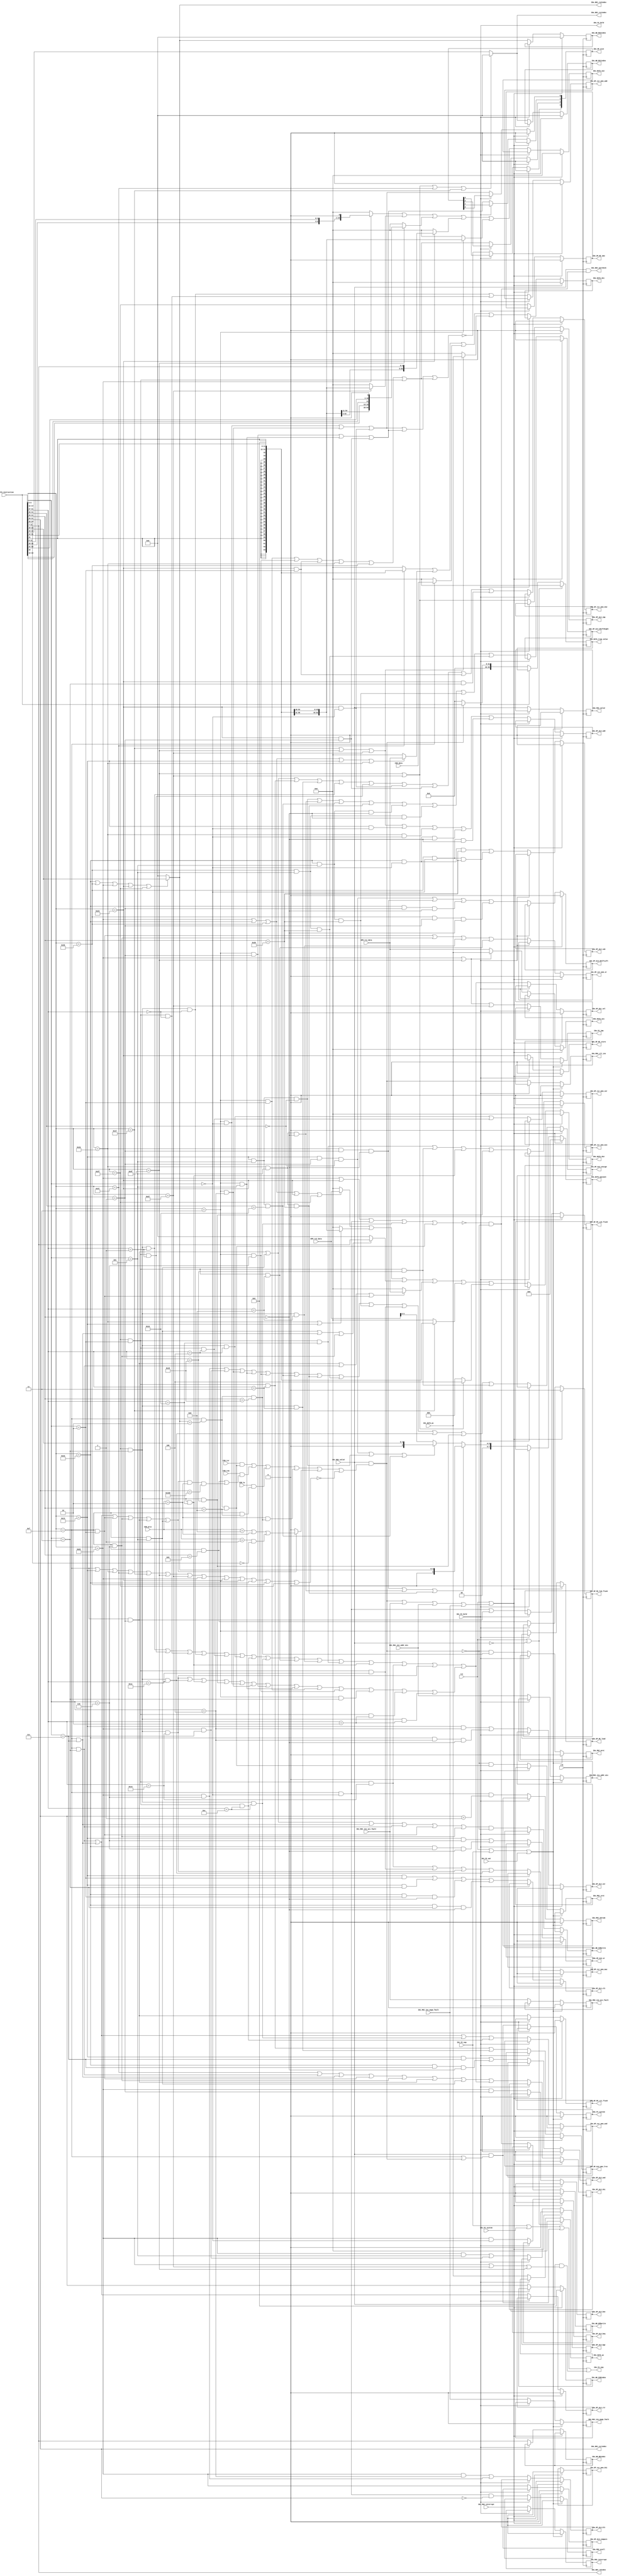
/*====================================================================
PRV464PRO
RV64IA
20201119:RISCVJB

Tags in the names of sgnals:
	i:input(IDi means IF input)
	o:output(IDo means IF output)
	BIU: Bus Interfence Unit, means the singals is connected to the BIU
	CSR: Control State Registers, means the singals is connected to the CSR
	DATA: DATA transfer to the next stage
	MSC: Machine State Control
	OPx: Operation x, OP0-OP114514
	MC: Multi Cycle Control
	FC: Flow Control

=========================================================================*/
module ins_dec(
//------
input wire clk,
input wire rst,
//---CSR---
input wire [3:0]CSR_priv,		//
input wire CSR_tvm,
input wire CSR_tsr,
input wire CSR_tw,
input wire [63:0]CSR_data,
//----GPR----
input wire [63:0]GPR_rs1_data,
input wire [63:0]GPR_rs2_data,

//================IF===================
//
input wire [31:0]IDi_DATA_instruction,
//PC
input wire [63:0]IDi_DATA_pc,
//
input wire IDi_MSC_ins_acc_fault,	//
input wire IDi_MSC_ins_addr_mis, 	//
input wire IDi_MSC_ins_page_fault,	//
input wire IDi_MSC_interrupt,		//
input wire IDi_MSC_valid,			//
//
output wire IDo_FC_hold,
output wire IDo_FC_nop,
input wire IDi_FC_system,

//EX
//
//insaddr
output reg [63:0]IDo_DATA_trap_value,
//pc
output reg [63:0]IDo_DATA_pc,

// ALU,
//rd
output reg IDo_OP_ALU_ds1,		//ds1
output reg IDo_OP_ALU_add,		//
output reg IDo_OP_ALU_sub,		//
output reg IDo_OP_ALU_and,		//&
output reg IDo_OP_ALU_or,		//|
output reg IDo_OP_ALU_xor,		//^
output reg IDo_OP_ALU_slt,		//
output reg IDo_OP_ALU_compare,		//IDo_OP_ALU_bge0_IDo_OP_ALU_blt1\IDo_OP_ALU_beq0_IDo_OP_ALU_bne1
output reg IDo_OP_ALU_amo_lrsc,		//lr/sc

//mem_CSR_data
output reg IDo_OP_csr_mem_ds1,
output reg IDo_OP_csr_mem_ds2,
output reg IDo_OP_csr_mem_add,
output reg IDo_OP_csr_mem_and,
output reg IDo_OP_csr_mem_or,
output reg IDo_OP_csr_mem_xor,
output reg IDo_OP_csr_mem_max,
output reg IDo_OP_csr_mem_min,
//,
output reg IDo_OP_ALU_blt,				//IDo_OP_ALU_blt IDo_OP_ALU_bltu1
output reg IDo_OP_ALU_bge,
output reg IDo_OP_ALU_beq,				//IDo_OP_ALU_bne
output reg IDo_OP_ALU_bne,				//
output reg IDo_OP_ALU_jmp,				//JAL JALR
output reg IDo_OP_ALU_unsign,			//mem
output reg IDo_OP_ALU_clr,				//csrandclr
output reg IDo_OP_ds1_sel,				//ALU ds10ds11MEM

//
output reg [3:0]IDo_OP_size, 			//0001:1Byte 0010:2Byte 0100=4Byte 1000=8Byte
//
//EX
output reg IDo_OP_MC_load,
output reg IDo_OP_MC_store,
output reg IDo_OP_MC_amo,
output reg IDo_OP_MC_L1i_flush,		
output reg IDo_OP_MC_L1d_flush,			//
output reg IDo_OP_MC_TLB_flush,			//TLB
output reg IDo_OP_ALU_ShiftRight,		//
output reg IDo_OP_ALU_ShiftLeft,		//

//valid=0
output reg IDo_WB_CSRwrite,
output reg IDo_WB_GPRwrite,
output reg [11:0]IDo_WB_CSRindex,
output reg [4:0]IDo_WB_RS1index,
output reg [4:0]IDo_WB_RS2index,
output reg [4:0]IDo_WB_RDindex,

//							   
output reg [63:0]IDo_DATA_ds1,		//1imm/rs1/rs1/csr/pc /pc
output reg [63:0]IDo_DATA_ds2,		//200 /rs2/imm/imm/imm/04
output reg [63:0]IDo_DATA_as1,		//1,  pc/rs1/rs1
output reg [63:0]IDo_DATA_as2,		//2, imm/imm/00
output reg [7:0]IDo_DATA_opcount,	//
//
//WBcsr

output reg IDo_MSC_ins_acc_fault,	//
output reg IDo_MSC_ins_addr_mis, 	//
output reg IDo_MSC_ins_page_fault,	//
output reg IDo_MSC_interrupt,		//
output reg IDo_MSC_valid, 			//
output reg IDo_MSC_ill_ins,			//
output reg IDo_MSC_mret,			//
output reg IDo_MSC_sret,
output reg IDo_MSC_ecall,			//
output reg IDo_MSC_ebreak,			//
//EX

//----------------------------------------
//------
input wire IDi_FC_hold,				//ID
input wire IDi_FC_nop,				//ID
input wire IDi_FC_war,				//
//------
output reg IDo_FC_system,			//systemop code=system1
output reg IDo_FC_jmp,				// opcode=branch1
//--------
output wire IDo_DEC_warcheck,		//war check warenable
output wire [4:0]IDo_DEC_rs1index,	//rs1index
output wire [4:0]IDo_DEC_rs2index,
output wire [4:0]IDo_DEC_rdindex,
output wire [11:0]IDo_DEC_csrindex

);
//opcode,RV7
parameter lui_encode 	= 7'b0110111;
parameter auipc_encode	= 7'b0010111;
parameter jal_encode	= 7'b1101111;
parameter jalr_encode	= 7'b1100111;
parameter branch_encode	= 7'b1100011;
parameter load_encode 	= 7'b0000011;
parameter store_encode	= 7'b0100011;
parameter imm_encode	= 7'b0010011;
parameter imm_32_encode = 7'b0011011;
parameter reg_encode	= 7'b0110011;	//R typeopcode
parameter reg_32_encode = 7'b0111011;	
parameter mem_encode	= 7'b0001111;	//MISC-MEMOPCODE
parameter system_encode = 7'b0001111;	
parameter amo_encode	= 7'b0101111;
parameter m_32_encode	= 7'b0111011;

//
parameter user = 4'b0001;
parameter supe = 4'b0010;
parameter mach = 4'b1000;

//opcode
wire op_system;		//CSR
wire op_imm;		//I type
wire op_32_imm;
wire op_lui;		//lui
wire op_auipc;		//auipc
wire op_jal;
wire op_jalr;
wire op_branch;		// (B type)
wire op_store;
wire op_load;
wire op_reg;		//R type
wire op_32_reg;
wire op_amo;
wire op_m;			// 

//funct3
wire funct3_0; 
wire funct3_1;
wire funct3_2;
wire funct3_3;
wire funct3_4;
wire funct3_5;
wire funct3_6;
wire funct3_7;
//funct5
wire funct5_0;
wire funct5_1;
wire funct5_2;
wire funct5_3;
wire funct5_4;
/*
wire funct5_5;
wire funct5_6;
wire funct5_7;
*/
wire funct5_8;
/*
wire funct5_9;
wire funct5_10;
wire funct5_11;
*/
wire funct5_12;
/*
wire funct5_13;
wire funct5_14;
wire funct5_15;
*/
wire funct5_16;
/*
wire funct5_17;
wire funct5_18;
wire funct5_19;
*/
wire funct5_20;
/*
wire funct5_21;
wire funct5_22;
wire funct5_23;
*/
wire funct5_24;
/*
wire funct5_25;
wire funct5_26;
wire funct5_27;
*/
wire funct5_28;
/*
wire funct5_29;
wire funct5_30;
wire funct5_31;
*/
//----------------funct6	funct6
wire funct6_0;
wire funct6_16;
//----------------funct7
wire funct7_32;
wire funct7_24;
wire funct7_8;
wire funct7_9;
wire funct7_0;
//---------------funct12
wire funct12_0;
wire funct12_1;
//---------------
wire [63:0]imm20;		//LUIAUIPC20
wire [63:0]imm20_jal;	//jal20
wire [63:0]imm12_i;		//I-typeL-type12
wire [63:0]imm12_b;		//b-type12
wire [63:0]imm12_s;		//S-type12
wire [63:0]imm5_csr;	//csr50
//---------------
wire sbyte;				//
wire dbyte;				//
wire qbyte;				//
wire obyte;				//8
//---------------
wire [7:0]op_count_decode;	//
//---------------
//----------RV32I
wire ins_lui;	
wire ins_auipc;
wire ins_jal;
wire ins_jalr;
wire ins_beq;
wire ins_bne;
wire ins_blt;
wire ins_bge;
wire ins_bltu;
wire ins_bgeu;
wire ins_lb;
wire ins_lbu;
wire ins_lh;
wire ins_lhu;
wire ins_lw;

wire ins_sb;
wire ins_sh;
wire ins_sw;

wire ins_addi;

wire ins_slti;
wire ins_sltiu;
wire ins_xori;
wire ins_ori;
wire ins_andi;
wire ins_slli;
wire ins_srli;
wire ins_srai;
wire ins_add;
wire ins_sub;
wire ins_sll;
wire ins_slt;
wire ins_sltu;
wire ins_xor;
wire ins_srl;
wire ins_sra;
wire ins_or;
wire ins_and;
wire ins_fence;		
wire ins_fence_i;	
wire ins_ecall;
wire ins_ebreak;
wire ins_csrrw;
wire ins_csrrs;
wire ins_csrrc;
wire ins_csrrwi;
wire ins_csrrsi;
wire ins_csrrci;
//------------RV64I ext
wire ins_lwu;
wire ins_ld;
wire ins_sd;
wire ins_addiw;
wire ins_slliw;
wire ins_srliw;
wire ins_sraiw;
wire ins_addw;
wire ins_subw;
wire ins_sllw;
wire ins_srlw;
wire ins_sraw;
//---------RV32A
wire ins_lrw;
wire ins_scw;
wire ins_amoswapw;
wire ins_amoaddw;
wire ins_amoxorw;
wire ins_amoandw;
wire ins_amoorw;
wire ins_amominw;
wire ins_amomaxw;
wire ins_amominuw;
wire ins_amomaxuw;
//------------rv64A
wire ins_lrd;
wire ins_scd;
wire ins_amoswapd;
wire ins_amoaddd;
wire ins_amoxord;
wire ins_amoandd;
wire ins_amoord;
wire ins_amomind;
wire ins_amomaxd;
wire ins_amominud;
wire ins_amomaxud;
//----------
wire ins_mret;
wire ins_sret;
wire ins_sfencevma;
wire ins_wfi;

//
wire dec_csr_acc_fault;		//csr
wire dec_ins_unpermit;		//
wire dec_ins_dec_fault;		//

wire dec_ill_ins;			//

wire unexecute_instruction;	//

wire dec_gpr_write;		//GPR write
wire dec_system_mem;
wire dec_branch;			//instructions which will cause branch/jump

//ALUds1MEM
wire ds1_mem_iden;
assign ds1_mem_iden = ins_amoswapd|ins_amoswapw|ins_amoaddw|ins_amoaddd|ins_amoxorw|ins_amoxord
		|ins_amoandw|ins_amoandd|ins_amoorw|ins_amoord|ins_amominw|ins_amomind|
		ins_amomaxw|ins_amomaxd||ins_amomaxd|ins_amomaxud|ins_amomind|ins_amominud|
		ins_lb|ins_lbu|ins_lh|ins_lhu|ins_lw|ins_lwu|ins_ld|ins_lrw|ins_lrd;

//opcode
assign op_system	= (IDi_DATA_instruction[6:0]==system_encode);
assign op_imm		= (IDi_DATA_instruction[6:0]==imm_encode);
assign op_32_imm	= (IDi_DATA_instruction[6:0]==imm_32_encode);
assign op_lui		= (IDi_DATA_instruction[6:0]==lui_encode);
assign op_auipc		= (IDi_DATA_instruction[6:0]==auipc_encode);
assign op_jal		= (IDi_DATA_instruction[6:0]==jal_encode);
assign op_jalr		= (IDi_DATA_instruction[6:0]==jalr_encode);
assign op_branch	= (IDi_DATA_instruction[6:0]==branch_encode);
assign op_load		= (IDi_DATA_instruction[6:0]==load_encode);
assign op_store		= (IDi_DATA_instruction[6:0]==store_encode);
assign op_reg		= (IDi_DATA_instruction[6:0]==reg_encode);
assign op_32_reg	= (IDi_DATA_instruction[6:0]==reg_32_encode);
assign op_amo		= (IDi_DATA_instruction[6:0]==amo_encode);

assign op_m			= (IDi_DATA_instruction[6:0]==mem_encode);

//funct3
assign funct3_0		= (IDi_DATA_instruction[14:12]==3'h0);
assign funct3_1		= (IDi_DATA_instruction[14:12]==3'h1);
assign funct3_2		= (IDi_DATA_instruction[14:12]==3'h2);
assign funct3_3		= (IDi_DATA_instruction[14:12]==3'h3);
assign funct3_4		= (IDi_DATA_instruction[14:12]==3'h4);
assign funct3_5		= (IDi_DATA_instruction[14:12]==3'h5);
assign funct3_6		= (IDi_DATA_instruction[14:12]==3'h6);
assign funct3_7		= (IDi_DATA_instruction[14:12]==3'h7);
//funct5
assign funct5_0		= (IDi_DATA_instruction[31:27]==5'h00);
assign funct5_1		= (IDi_DATA_instruction[31:27]==5'h01);
assign funct5_2		= (IDi_DATA_instruction[31:27]==5'h02);
assign funct5_3		= (IDi_DATA_instruction[31:27]==5'h03);
assign funct5_4		= (IDi_DATA_instruction[31:27]==5'h04);
/*
assign funct5_5		= (IDi_DATA_instruction[31:27]==5'h05);
assign funct5_6		= (IDi_DATA_instruction[31:27]==5'h06);
assign funct5_7		= (IDi_DATA_instruction[31:27]==5'h07);
*/
assign funct5_8		= (IDi_DATA_instruction[31:27]==5'h08);
/*
assign funct5_9		= (IDi_DATA_instruction[31:27]==5'h09);
assign funct5_10	= (IDi_DATA_instruction[31:27]==5'h0a);
assign funct5_11	= (IDi_DATA_instruction[31:27]==5'h0b);
*/
assign funct5_12	= (IDi_DATA_instruction[31:27]==5'h0c);
/*
assign funct5_13	= (IDi_DATA_instruction[31:27]==5'h0d);
assign funct5_14	= (IDi_DATA_instruction[31:27]==5'h0e);
assign funct5_15	= (IDi_DATA_instruction[31:27]==5'h0f);
*/
assign funct5_16	= (IDi_DATA_instruction[31:27]==5'h10);
/*
assign funct5_17	= (IDi_DATA_instruction[31:27]==5'h11);
assign funct5_18	= (IDi_DATA_instruction[31:27]==5'h12);
assign funct5_19	= (IDi_DATA_instruction[31:27]==5'h13);
*/
assign funct5_20	= (IDi_DATA_instruction[31:27]==5'h14);
/*
assign funct5_21	= (IDi_DATA_instruction[31:27]==5'h15);
assign funct5_22	= (IDi_DATA_instruction[31:27]==5'h16);
assign funct5_23	= (IDi_DATA_instruction[31:27]==5'h17);
*/
assign funct5_24	= (IDi_DATA_instruction[31:27]==5'h18);
/*
assign funct5_25	= (IDi_DATA_instruction[31:27]==5'h19);
assign funct5_26	= (IDi_DATA_instruction[31:27]==5'h1a);
assign funct5_27	= (IDi_DATA_instruction[31:27]==5'h1b);
*/
assign funct5_28	= (IDi_DATA_instruction[31:27]==5'h1c);
/*
assign funct5_29	= (IDi_DATA_instruction[31:27]==5'h1d);
assign funct5_30	= (IDi_DATA_instruction[31:27]==5'h1e);
assign funct5_31	= (IDi_DATA_instruction[31:27]==5'h1f);
*/
//funct6
assign funct6_0		= (IDi_DATA_instruction[31:26]==6'b000000);
assign funct6_16	= (IDi_DATA_instruction[31:26]==6'b010000);
//funct7
assign funct7_0		= (IDi_DATA_instruction[31:25]==7'h00);
assign funct7_8		= (IDi_DATA_instruction[31:25]==7'h08);
assign funct7_9		= (IDi_DATA_instruction[31:25]==7'h09);
assign funct7_24	= (IDi_DATA_instruction[31:25]==7'h18);
assign funct7_32	= (IDi_DATA_instruction[31:25]==7'h20);
//funct12
assign funct12_0	= (IDi_DATA_instruction[31:20]==12'h0);
assign funct12_1	= (IDi_DATA_instruction[31:20]==12'h1);
//
assign ins_lui 		= op_lui;
assign ins_auipc 	= op_auipc;
assign ins_jal		= op_jal;
assign ins_jalr		= op_jalr;
assign ins_beq		= op_branch&funct3_0;
assign ins_bne		= op_branch&funct3_1;
assign ins_blt		= op_branch&funct3_4;
assign ins_bge		= op_branch&funct3_5;
assign ins_bltu		= op_branch&funct3_6;
assign ins_bgeu		= op_branch&funct3_7;
assign ins_lb		= op_load&funct3_0;
assign ins_lh		= op_load&funct3_1;
assign ins_lw		= op_load&funct3_2;
assign ins_lbu		= op_load&funct3_4;
assign ins_lhu		= op_load&funct3_5;
assign ins_sb		= op_store&funct3_0;
assign ins_sh		= op_store&funct3_1;
assign ins_sw		= op_store&funct3_2;
assign ins_addi		= op_imm&funct3_0;
assign ins_slti		= op_imm&funct3_2;
assign ins_sltiu	= op_imm&funct3_3;
assign ins_xori		= op_imm&funct3_4;
assign ins_ori		= op_imm&funct3_6;
assign ins_andi		= op_imm&funct3_7;
assign ins_slli		= op_imm&funct3_1&funct6_0;
assign ins_srli		= op_imm&funct3_5&funct6_0;
assign ins_srai		= op_imm&funct3_5&funct6_16;
assign ins_add		= op_reg&funct3_0&funct7_0;
assign ins_sub		= op_reg&funct3_0&funct7_32;
assign ins_sll		= op_reg&funct3_1&funct7_0;
assign ins_slt		= op_reg&funct3_2&funct7_0;
assign ins_sltu		= op_reg&funct3_3&funct7_0;
assign ins_xor		= op_reg&funct3_4&funct7_0;
assign ins_srl		= op_reg&funct3_5&funct7_0;
assign ins_sra		= op_reg&funct3_5&funct7_32;
assign ins_or		= op_reg&funct3_6&funct7_0;
assign ins_and		= op_reg&funct3_7&funct7_0;
assign ins_fence	= op_m&funct3_0;
assign ins_fence_i	= op_m&funct3_1;	
assign ins_ecall	= op_system&funct3_0&funct12_0;
assign ins_ebreak	= op_system&funct3_0&funct12_1;
assign ins_csrrw	= op_system&funct3_1;
assign ins_csrrs	= op_system&funct3_2;
assign ins_csrrc	= op_system&funct3_3;
assign ins_csrrwi	= op_system&funct3_5;
assign ins_csrrsi	= op_system&funct3_6;
assign ins_csrrci	= op_system&funct3_7;
//rv64i
assign ins_lwu		= op_load&funct3_6;
assign ins_ld		= op_load&funct3_3;
assign ins_sd		= op_store&funct3_3;
assign ins_addiw	= op_32_imm&funct3_0;
assign ins_slliw	= op_32_imm&funct3_1&funct7_0;
assign ins_srliw	= op_32_imm&funct3_5&funct7_0;
assign ins_sraiw	= op_32_imm&funct3_5&funct7_32;
assign ins_addw		= op_32_reg&funct3_0&funct7_0;
assign ins_subw		= op_32_reg&funct3_0&funct7_32;
assign ins_sllw		= op_32_reg&funct3_1&funct7_0;
assign ins_srlw		= op_32_reg&funct3_5&funct7_0;
assign ins_sraw		= op_32_reg&funct3_5&funct7_32;
//amo32
assign ins_lrw		= op_amo&funct3_2&funct5_2;
assign ins_scw		= op_amo&funct3_2&funct5_3;
assign ins_amoswapw	= op_amo&funct3_2&funct5_1;
assign ins_amoaddw	= op_amo&funct3_2&funct5_0;
assign ins_amoxorw	= op_amo&funct3_2&funct5_4;
assign ins_amoandw	= op_amo&funct3_2&funct5_12;
assign ins_amoorw	= op_amo&funct3_2&funct5_8;
assign ins_amominw	= op_amo&funct3_2&funct5_16;
assign ins_amomaxw	= op_amo&funct3_2&funct5_20;
assign ins_amominuw	= op_amo&funct3_2&funct5_24;
assign ins_amomaxuw	= op_amo&funct3_2&funct5_28;
//amo64
assign ins_lrd		= op_amo&funct3_3&funct5_2;
assign ins_scd		= op_amo&funct3_3&funct5_3;
assign ins_amoswapd	= op_amo&funct3_3&funct5_1;
assign ins_amoaddd	= op_amo&funct3_3&funct5_0;
assign ins_amoxord	= op_amo&funct3_3&funct5_4;
assign ins_amoandd	= op_amo&funct3_3&funct5_12;
assign ins_amoord	= op_amo&funct3_3&funct5_8;
assign ins_amomind	= op_amo&funct3_3&funct5_16;
assign ins_amomaxd	= op_amo&funct3_3&funct5_20;
assign ins_amominud	= op_amo&funct3_3&funct5_24;
assign ins_amomaxud	= op_amo&funct3_3&funct5_28;
//
assign ins_mret		= op_system&(IDo_DEC_rs2index==5'b00010)&funct7_24;
assign ins_sret		= op_system&(IDo_DEC_rs2index==5'b00010)&funct7_8;
assign ins_sfencevma= op_system&funct7_9;
assign ins_wfi		= op_system&funct7_8;								//wfi
//
assign imm20 	= {{32{IDi_DATA_instruction[31]}},IDi_DATA_instruction[31:12],12'b0};				//LUIAUIPC20
assign imm20_jal= {{44{IDi_DATA_instruction[31]}},IDi_DATA_instruction[19:12],IDi_DATA_instruction[20],IDi_DATA_instruction[30:21],1'b0};				//jal20
assign imm12_i	= {{52{IDi_DATA_instruction[31]}},IDi_DATA_instruction[31:20]};						//I-typeL-type12
assign imm12_b	= {{52{IDi_DATA_instruction[31]}},IDi_DATA_instruction[7],IDi_DATA_instruction[30:25],IDi_DATA_instruction[11:8],1'b0};	//b-type12
assign imm12_s	= {{52{IDi_DATA_instruction[31]}},IDi_DATA_instruction[31:25],IDi_DATA_instruction[11:7]};		//S-type12

assign imm5_csr = {59'b0,IDi_DATA_instruction[11:7]};									//csr50


//
assign sbyte 	= ins_lb|ins_lbu|ins_sb;											//
assign dbyte	= ins_lh|ins_lhu|ins_sh;											//
assign qbyte	= ins_lw|ins_lwu|ins_sw|op_32_imm|op_32_reg|(op_amo&funct3_2);		//
assign obyte	= !(sbyte|dbyte|qbyte);												//1248

assign op_count_decode	= 		(ins_slliw|ins_srliw|ins_sraiw)?{3'b0,IDo_DEC_rs2index}:
								(ins_slli|ins_srli|ins_srai)?{3'b0,IDi_DATA_instruction[24:20]}:
								{2'b0,GPR_rs2_data[5:0]};//RV64

//---------------------------------------
//-------------opcode &system----------------
assign dec_system_mem		= IDi_MSC_valid & (op_system | op_m | dec_ill_ins);
assign dec_branch			= IDi_MSC_valid & (op_branch | ins_jalr | ins_jal);

/*-------------------------------------------------------

branch,IDo_OP_MC_store,fence

RDX0
X00 
----------------------------------------------------------*/
assign dec_gpr_write		= !(op_branch|op_store|ins_fence|ins_mret|ins_sret) & !dec_ill_ins;

//----------
//-----csr----
assign dec_csr_acc_fault= (ins_csrrc|ins_csrrci|ins_csrrs|ins_csrrsi|ins_csrrw|ins_csrrwi)?((CSR_priv==mach)|(CSR_priv==supe)|((CSR_priv==user)&(IDo_DEC_csrindex[9:8]==2'b00))):1'b0;
//----------
//CSR_tsr CSR_tvm CSR_tw1,SRETM
assign dec_ins_unpermit	= (CSR_tsr&ins_sret)|(CSR_tvm&(ins_sfencevma|(ins_csrrc|ins_csrrci|ins_csrrs|ins_csrrsi|ins_csrrw|ins_csrrwi)&(CSR_priv==supe)&(IDo_DEC_csrindex==12'h180)))|
						  (CSR_tw&ins_wfi)|
						  (CSR_priv==supe)&ins_mret;
//------opcode-------					  
assign dec_ins_dec_fault= !(op_system | op_imm | op_32_imm | op_lui | op_auipc | op_jal | op_jalr | op_branch | op_store | op_load | op_reg | op_32_reg | op_amo);
assign dec_ill_ins		= IDi_MSC_valid & (dec_ins_unpermit | dec_csr_acc_fault | dec_ins_dec_fault);//
// 
assign unexecute_instruction	=	dec_ill_ins | IDi_MSC_ins_acc_fault | IDi_MSC_ins_addr_mis | IDi_MSC_ins_page_fault;
//
//PRV464SXR
assign IDo_DEC_warcheck	=	IDi_MSC_valid & dec_gpr_write;
assign IDo_DEC_rs1index	=	(op_jal|op_jalr|op_lui|op_auipc) ? 5'b0 :(IDi_DATA_instruction[19:15]);		//rs1index
assign IDo_DEC_rs2index	=	(op_reg|op_32_reg|op_branch|op_store|op_amo)?(IDi_DATA_instruction[24:20]) : 5'b0;
assign IDo_DEC_rdindex	=	(IDi_DATA_instruction[11:7]);
assign IDo_DEC_csrindex	=	(IDi_DATA_instruction[31:20]);
assign IDo_FC_hold		=	IDi_FC_hold;
//-----------nop------------
assign IDo_FC_nop		=	IDi_FC_nop | IDi_FC_system | dec_system_mem | dec_branch;

//------------------------------ID---------------------------------------
always@(posedge clk)begin
	if(rst | unexecute_instruction)begin
	// ALU,
	//rd
		IDo_OP_ALU_ds1		<= 1'b0;		//ds1	
		IDo_OP_ALU_add		<= 1'b0;		//
		IDo_OP_ALU_sub		<= 1'b0;
		IDo_OP_ALU_and		<= 1'b0;		//&
		IDo_OP_ALU_or		<= 1'b0;		//|
		IDo_OP_ALU_xor		<= 1'b0;		//^
		IDo_OP_ALU_slt		<= 1'b0;		//
		IDo_OP_ALU_compare	<= 1'b0;
		IDo_OP_ALU_amo_lrsc	<= 1'b0;		//lr/sc

//mem_CSR_data
		IDo_OP_csr_mem_ds1	<= 1'b0;
		IDo_OP_csr_mem_ds2	<= 1'b0;
		IDo_OP_csr_mem_add	<= 1'b0;
		IDo_OP_csr_mem_and	<= 1'b0;
		IDo_OP_csr_mem_or	<= 1'b0;
		IDo_OP_csr_mem_xor	<= 1'b0;
		IDo_OP_csr_mem_max	<= 1'b0;
		IDo_OP_csr_mem_min	<= 1'b0;
	end
	//hold
	else if(IDi_FC_hold)begin
	// ALU,
	//rd
		IDo_OP_ALU_ds1		<= IDo_OP_ALU_ds1;		//ds1
		IDo_OP_ALU_add		<= IDo_OP_ALU_add;		//
		IDo_OP_ALU_sub		<= IDo_OP_ALU_sub;
		IDo_OP_ALU_and		<= IDo_OP_ALU_and;		//&
		IDo_OP_ALU_or		<= IDo_OP_ALU_or;		//|
		IDo_OP_ALU_xor		<= IDo_OP_ALU_xor;		//^
		IDo_OP_ALU_slt		<= IDo_OP_ALU_slt;		//
		IDo_OP_ALU_compare	<= IDo_OP_ALU_compare;
		IDo_OP_ALU_amo_lrsc	<= IDo_OP_ALU_amo_lrsc;		//lr/sc
	//mem_CSR_data
		IDo_OP_csr_mem_ds1	<= IDo_OP_csr_mem_ds1;
		IDo_OP_csr_mem_ds2	<= IDo_OP_csr_mem_ds2;
		IDo_OP_csr_mem_add	<= IDo_OP_csr_mem_add;
		IDo_OP_csr_mem_and	<= IDo_OP_csr_mem_and;
		IDo_OP_csr_mem_or	<= IDo_OP_csr_mem_or;
		IDo_OP_csr_mem_xor	<= IDo_OP_csr_mem_xor;
		IDo_OP_csr_mem_max	<= IDo_OP_csr_mem_max;
		IDo_OP_csr_mem_min	<= IDo_OP_csr_mem_min;
	end
	//
	else begin
	// ALU,
	//rd
		IDo_OP_ALU_ds1 <= ins_lui|ins_csrrc|ins_csrrci|ins_csrrs|ins_csrrsi|ins_csrrw|ins_csrrwi|ds1_mem_iden;		
		//ds1RDRD
		//ds1RD
		IDo_OP_ALU_add <= ins_auipc|ins_jal|ins_jalr|ins_addi|ins_addiw|ins_add|ins_addw;		//
		IDo_OP_ALU_sub <= ins_sub|ins_subw;
		IDo_OP_ALU_and <= ins_andi|ins_and;		//&
		IDo_OP_ALU_or	<= ins_ori|ins_or;			//|
		IDo_OP_ALU_xor <= ins_xori|ins_xor;		//^
		IDo_OP_ALU_slt <= ins_slti|ins_sltiu|ins_slt|ins_sltu;		//
		IDo_OP_ALU_compare		<= op_branch;
		IDo_OP_ALU_amo_lrsc	<= ins_scw|ins_scd;		//lr/sc

	//mem_CSR_data
		
		IDo_OP_csr_mem_ds2	<= ins_csrrw|ins_csrrwi|ins_scw|ins_scd|ins_amoswapd|ins_amoswapw|ins_sb|ins_sh|ins_sw|ins_sd;
		IDo_OP_csr_mem_add	<= ins_amoaddd|ins_amoaddw;
		IDo_OP_csr_mem_and	<= ins_csrrc|ins_csrrci|ins_amoandd|ins_amoandw;
		IDo_OP_csr_mem_or		<= ins_csrrs|ins_csrrsi|ins_amoord|ins_amoorw;
		IDo_OP_csr_mem_xor	<= ins_amoxord|ins_amoxorw;
		IDo_OP_csr_mem_max	<= ins_amomaxw|ins_amomaxuw|ins_amomaxd|ins_amomaxud;
		IDo_OP_csr_mem_min	<= ins_amominw|ins_amominuw|ins_amomind|ins_amominud;
	end		
end

//
always@(posedge clk)begin
	if(rst | unexecute_instruction)begin
		IDo_OP_ALU_blt		<= 1'b0;
		IDo_OP_ALU_bge		<= 1'b0;
		IDo_OP_ALU_beq		<= 1'b0;
		IDo_OP_ALU_bne		<= 1'b0;
		IDo_OP_ALU_jmp		<= 1'b0;
		IDo_OP_ALU_unsign 	<= 1'b0;			//mem
		IDo_OP_ALU_clr	<= 1'b0;			//csrandclr
		IDo_OP_ds1_sel	<= 1'b0;			//ALU ds10ds11MEM
		
	end
	else if(IDi_FC_hold)begin
		IDo_OP_ALU_blt		<= IDo_OP_ALU_blt;
		IDo_OP_ALU_bge		<= IDo_OP_ALU_bge;
		IDo_OP_ALU_beq		<= IDo_OP_ALU_beq;
		IDo_OP_ALU_bne		<= IDo_OP_ALU_bne;
		IDo_OP_ALU_jmp		<= IDo_OP_ALU_jmp;
		IDo_OP_ALU_unsign 	<= IDo_OP_ALU_unsign;
		IDo_OP_ALU_clr	<= IDo_OP_ALU_clr;
		IDo_OP_ds1_sel	<= IDo_OP_ds1_sel;
		
	end
	else begin
		IDo_OP_ALU_blt		<= ins_blt|ins_bltu;
		IDo_OP_ALU_bge		<= ins_bge|ins_bgeu;
		IDo_OP_ALU_beq		<= ins_beq;
		IDo_OP_ALU_bne		<= ins_bne;
		IDo_OP_ALU_jmp		<= ins_jal|ins_jalr;
		IDo_OP_ALU_unsign 	<= ins_bltu|ins_bgeu|ins_lbu|ins_lhu|ins_lwu|ins_srai|ins_sraiw|
		ins_sraw|ins_sra|ins_amomaxuw|ins_amomaxud|ins_amominud|ins_amominuw;	// IDo_OP_ALU_unsign1
		IDo_OP_ALU_clr	<= ins_csrrc|ins_csrrci;
		IDo_OP_ds1_sel	<= ds1_mem_iden;		//ds1memIDo_OP_ds1_sel=1
		
	end
end
//IDo_OP_size
always@(posedge clk)begin
	if(rst | unexecute_instruction)begin
		IDo_OP_size <= 4'b0000;
	end
	else if(IDi_FC_hold)begin
		IDo_OP_size <= IDo_OP_size;
	end
	else begin
		IDo_OP_size[0] <= sbyte;
		IDo_OP_size[1] <= dbyte;
		IDo_OP_size[2] <= qbyte;
		IDo_OP_size[3] <= obyte;
	end
end

//&
//valid=1
always@(posedge clk)begin
	if(rst | unexecute_instruction)begin
		IDo_OP_MC_load		<= 1'b0;
		IDo_OP_MC_store		<= 1'b0;
		IDo_OP_MC_amo			<= 1'b0;
		IDo_OP_MC_L1i_flush	<= 1'b0;		//
		IDo_OP_MC_L1d_flush	<= 1'b0;		//sfence.vma
		IDo_OP_MC_TLB_flush	<= 1'b0;
		IDo_OP_ALU_ShiftRight		<= 1'b0;						//
		IDo_OP_ALU_ShiftLeft		<= 1'b0;						////valid=0
		IDo_WB_CSRwrite	<= 1'b0;
		IDo_WB_GPRwrite	<= 1'b0;
		IDo_WB_CSRindex	<= 12'b0;
		IDo_WB_RS1index	<= 5'b0;
		IDo_WB_RS2index	<= 5'b0;
		
	end
	else if(IDi_FC_hold)begin
		IDo_OP_MC_load		<= IDo_OP_MC_load;
		IDo_OP_MC_store		<= IDo_OP_MC_store;
		IDo_OP_MC_amo			<= IDo_OP_MC_amo;
		IDo_OP_MC_L1i_flush	<= IDo_OP_MC_L1i_flush;	//
		IDo_OP_MC_L1d_flush	<= IDo_OP_MC_L1d_flush;	//sfence.vma
		IDo_OP_MC_TLB_flush	<=	IDo_OP_MC_TLB_flush;
		IDo_OP_ALU_ShiftRight		<= IDo_OP_ALU_ShiftRight;		//
		IDo_OP_ALU_ShiftLeft		<= IDo_OP_ALU_ShiftLeft;		//
		IDo_WB_CSRwrite	<= IDo_WB_CSRwrite;
		IDo_WB_GPRwrite	<= IDo_WB_GPRwrite;
		IDo_WB_CSRindex	<= IDo_WB_CSRindex;
		IDo_WB_RS1index	<= IDo_WB_RS1index;
		IDo_WB_RS2index	<= IDo_WB_RS2index;

	end
	else begin	
		IDo_OP_MC_load			<= op_load;
		IDo_OP_MC_store			<= op_store;
		IDo_OP_MC_amo			<= op_amo;
		IDo_OP_MC_L1i_flush 	<= ins_fence_i	;		//sfence.vmafence.i 
		IDo_OP_MC_L1d_flush		<= ins_fence | ins_fence_i 	;	    //sfence.vmafence
		IDo_OP_MC_TLB_flush		<= ins_sfencevma;
		IDo_OP_ALU_ShiftRight	<= ins_srli|ins_srliw|ins_srai|ins_sraiw|ins_srl|ins_srlw|ins_sra|ins_sraw;						//
		IDo_OP_ALU_ShiftLeft	<= ins_slli|ins_slliw|ins_sll|ins_sllw;						//
		IDo_WB_CSRwrite			<= (ins_csrrwi|ins_csrrw|ins_csrrci|ins_csrrc|ins_csrrs|ins_csrrsi)&!dec_ill_ins;	//CSRRxxCSR
		IDo_WB_GPRwrite			<= dec_gpr_write;	//
		IDo_WB_CSRindex			<= IDo_DEC_csrindex;
		IDo_WB_RS1index			<= IDo_DEC_rs1index;
		IDo_WB_RS2index			<= IDo_DEC_rs2index;
		IDo_WB_RDindex			<= IDo_DEC_rdindex;
	end
end
//
always@(posedge clk)begin
	if(rst | unexecute_instruction)begin
		//							   
		IDo_DATA_ds1		<= 64'b0;		//1imm/rs1/rs1/csr/pc /pc
		IDo_DATA_ds2		<= 64'b0;		//200 /rs2/imm/imm/imm/04
		IDo_DATA_as1		<= 64'b0;		//1,  pc/rs1/rs1
		IDo_DATA_as2		<= 64'b0;		//2, imm/imm/00
		IDo_DATA_opcount	<= 8'b0;		//AMO
	end
	else if(IDi_FC_hold)begin
		IDo_DATA_ds1		<= IDo_DATA_ds1;			//1imm/rs1/rs1/csr/pc /pc
		IDo_DATA_ds2		<= IDo_DATA_ds2;			//200 /rs2/imm/imm/imm/04
		IDo_DATA_as1		<= IDo_DATA_as1;			//1,  pc/rs1/rs1
		IDo_DATA_as2		<= IDo_DATA_as2;			//2, imm/imm/00
		IDo_DATA_opcount	<= IDo_DATA_opcount;	//AMO
	end
	// Table_ID_DAS
	else begin
		IDo_DATA_ds1 	<= 	(ins_lui										?	imm20	:	64'b0)|
							((op_branch|op_reg|op_32_reg|op_imm|op_32_imm)	?	GPR_rs1_data:	64'b0)|
							(op_system										?	CSR_data:	64'b0)|
							((ins_auipc|ins_jal|ins_jalr)					?	IDi_DATA_pc	:	64'b0);
					
		IDo_DATA_ds2	<= 	((op_branch|op_reg|op_32_reg|op_store|op_amo)	?	GPR_rs2_data:	64'b0)|
							((op_32_imm|op_imm)								?	imm12_i	:	64'b0)|
							((ins_csrrwi|ins_csrrci|ins_csrrsi)				?	imm5_csr:	64'b0)|
							((ins_csrrw|ins_csrrc|ins_csrrs)				?	GPR_rs1_data:	64'b0)|
							(ins_auipc										?	imm20	:	64'b0)|
							((ins_jal|ins_jalr)								?	64'd4	:	64'b0);
		
		IDo_DATA_as1	<= 	(op_branch|ins_jal)	?	IDi_DATA_pc		:	GPR_rs1_data;	
		
		IDo_DATA_as2	<= 	((op_branch)		?	imm12_b		:	64'b0)|
							((ins_jalr)			?	imm12_i		:	64'b0)|
							((ins_jal)			?	imm20_jal	:	64'b0)|
							((op_store)			?	imm12_s		:	64'b0)|
							((op_load)			?	imm12_i		:	64'b0);
		IDo_DATA_opcount<=	op_count_decode;
	end
end

// MSC
//WBcsr
always@(posedge clk)begin
	if(rst | IDi_FC_nop | IDi_FC_war)begin
		IDo_FC_system			<=	1'b0;		//systemop code=system1
		IDo_FC_jmp				<=	1'b0;
		IDo_MSC_ins_acc_fault	<= 	1'b0;		//
		IDo_MSC_ins_addr_mis	<=	1'b0;		//
		IDo_MSC_ins_page_fault	<= 	1'b0;		//
		IDo_MSC_interrupt		<= 	1'b0;		//
		IDo_MSC_valid			<= 	1'b0;		//
		IDo_MSC_ill_ins			<= 	1'b0;		//
		IDo_MSC_mret			<= 	1'b0;		//
		IDo_MSC_sret			<=	1'b0;
		IDo_MSC_ecall			<=	1'b0;		//
		IDo_MSC_ebreak			<=	1'b0;		//
	end
	else if(IDi_FC_hold)begin
		IDo_FC_system			<=	IDo_FC_system;		//systemop code=system1
		IDo_FC_jmp				<= 	IDo_FC_jmp;		
		IDo_MSC_ins_acc_fault	<= 	IDo_MSC_ins_acc_fault;	//
		IDo_MSC_ins_addr_mis	<=	IDo_MSC_ins_addr_mis;	//
		IDo_MSC_ins_page_fault	<= 	IDo_MSC_ins_page_fault;	//
		IDo_MSC_interrupt		<= 	IDo_MSC_interrupt;		//
		IDo_MSC_valid			<= 	IDo_MSC_valid;			//
		IDo_MSC_ill_ins			<= 	IDo_MSC_ill_ins;		//
		IDo_MSC_mret			<= 	IDo_MSC_mret;			//
		IDo_MSC_sret			<=	IDo_MSC_sret;
		IDo_MSC_ecall			<=	IDo_MSC_ecall;			//
		IDo_MSC_ebreak			<=	IDo_MSC_ebreak;			//
	end
	//holdnopIDIF
	else begin
		IDo_FC_system			<=	dec_system_mem;		//systemop code=system1
		IDo_FC_jmp				<=  op_branch|ins_jal|ins_jalr;
		IDo_MSC_ins_acc_fault	<= 	IDi_MSC_ins_acc_fault;	//
		IDo_MSC_ins_addr_mis	<=	IDi_MSC_ins_addr_mis;	//
		IDo_MSC_ins_page_fault	<= 	IDi_MSC_ins_page_fault;	//
		IDo_MSC_interrupt		<= 	IDi_MSC_interrupt;			//
		IDo_MSC_valid			<= 	IDi_MSC_valid;			//
		IDo_MSC_ill_ins			<= 	dec_ill_ins;		//
		IDo_MSC_mret			<= 	 !dec_ill_ins & ins_mret;			//,trap
		IDo_MSC_sret			<=	 !dec_ill_ins & ins_sret;
		IDo_MSC_ecall			<=	ins_ecall;			//
		IDo_MSC_ebreak			<=	ins_ebreak;			//
	end
end
//-------- TVAL--------
always@(posedge clk)begin
	if(rst | !IDi_MSC_valid)begin
		IDo_DATA_trap_value	<=	64'b0;
		//pc
		IDo_DATA_pc	<= 	64'b0;
	end
	else if(IDi_FC_hold)begin
		IDo_DATA_trap_value	<=  IDo_DATA_trap_value;
		IDo_DATA_pc	<=	IDo_DATA_pc;
	end
	else begin
	//ins
		IDo_DATA_trap_value	<=	dec_ill_ins?{32'b0,IDi_DATA_instruction}:64'b0;
		IDo_DATA_pc			<=	IDi_DATA_pc;
	end
end

endmodule